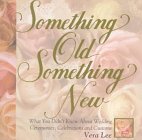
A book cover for Something Old, Something New: What You Didn't Know about Wedding Ceremonies, Celebrations, and Customs; Vera Lee; Crafts, Hobbies & Home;